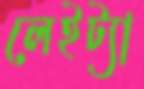
লেইট্যা